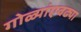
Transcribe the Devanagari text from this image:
गोळ्यांएवढ्या